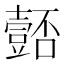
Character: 𭐚